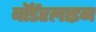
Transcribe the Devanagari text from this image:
बॉर्डरलाइन